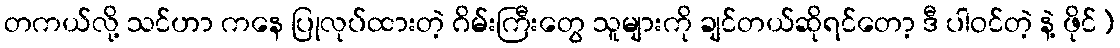
တကယ်လို့ သင်ဟာ ကနေ ပြုလုပ်ထားတဲ့ ဂိမ်းကြီးတွေ သူများကို ချင်တယ်ဆိုရင်တော့ ဒီ ပါဝင်တဲ့ နဲ့ ဖိုင်)